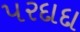
પરદાદા